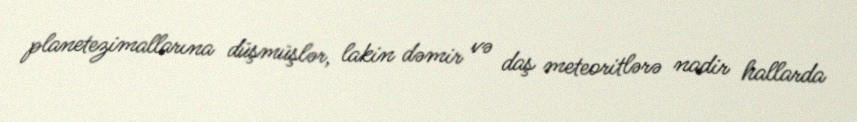
planetezimallarına düşmüşlər, lakin dəmir və daş meteoritlərə nadir hallarda